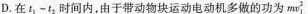
D.在t_{1}-t_{2}时间内，由于带动物块运动电动机多做的功为mv_{1}^{2}